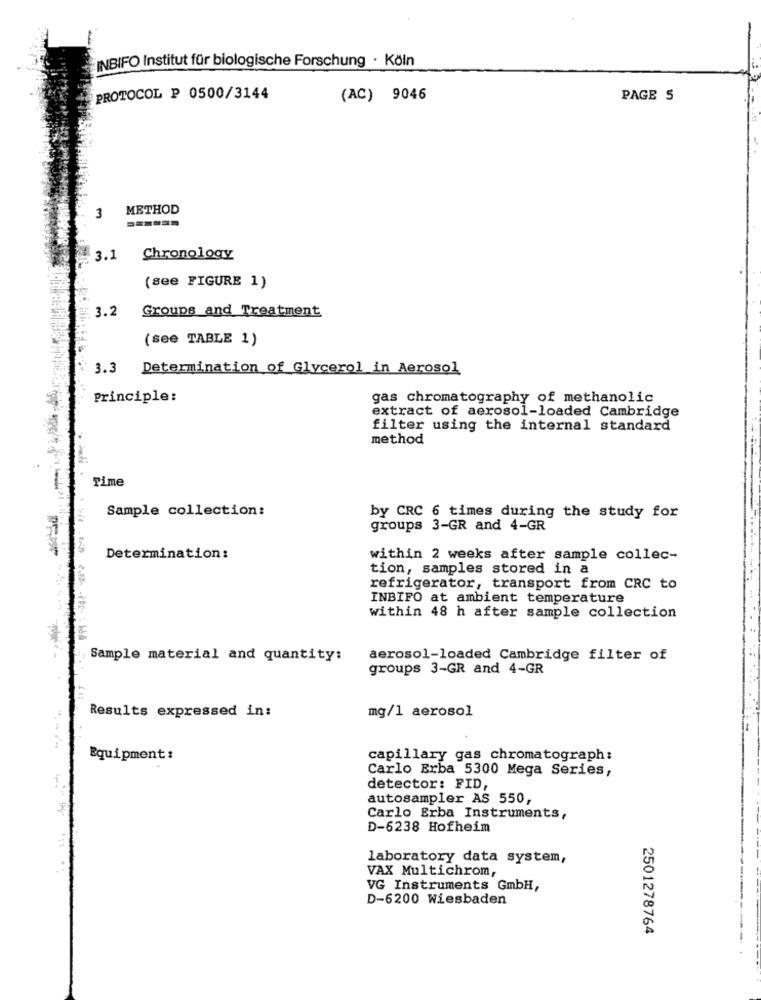
INBIFO Institut für biologische Forschung · Köln
PROTOCOL P 0500/3144
(AC) 9046
PAGE 5
METHOD
3
3.1
Chronology
(see FIGURE 1)
3.2 Groups and Treatment
(see TABLE 1)
3.3 Determination of Glycerol in Aerosol
Principle:
gas chromatography of methanolic
extract of aerosol-loaded Cambridge
filter using the internal standard
method
Time
Sample collection:
by CRC 6 times during the study for
groups 3-GR and 4-GR
Determination:
within 2 weeks after sample collec-
tion, samples stored in a
refrigerator, transport from CRC to
INBIFO at ambient temperature
within 48 h after sample collection
Sample material and quantity:
aerosol-loaded Cambridge filter of
groups 3-GR and 4-GR
Results expressed in:
mg/l aerosol
Equipment :
capillary gas chromatograph:
Carlo Erba 5300 Mega Series,
detector: FID,
autosampler AS 550,
Carlo Erba Instruments,
D-6238 Hofheim
laboratory data system,
VAX Multichrom,
VG Instruments GmbH,
D-6200 Wiesbaden
2501278764